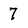
Character: 7